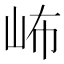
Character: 𱛕